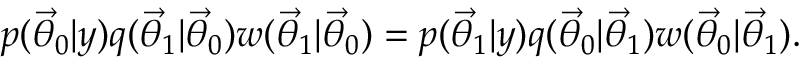
p ( \ensuremath { \vec { \theta } } _ { 0 } | y ) q ( \ensuremath { \vec { \theta } } _ { 1 } | \ensuremath { \vec { \theta } } _ { 0 } ) w ( \ensuremath { \vec { \theta } } _ { 1 } | \ensuremath { \vec { \theta } } _ { 0 } ) = p ( \ensuremath { \vec { \theta } } _ { 1 } | y ) q ( \ensuremath { \vec { \theta } } _ { 0 } | \ensuremath { \vec { \theta } } _ { 1 } ) w ( \ensuremath { \vec { \theta } } _ { 0 } | \ensuremath { \vec { \theta } } _ { 1 } ) .